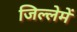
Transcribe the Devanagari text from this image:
जिल्लेमें